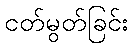
ငတ်မွတ်ခြင်း